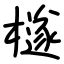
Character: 檖